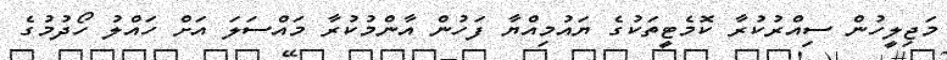
މަޖިލީހުން ސިއްރުކުރާ ކޮމެޓީތަކުގެ ޔައުމިއްޔާ ފަހުން އާންމުކުރާ މައްސަލަ އަށް ހައްލު ހޯދުމުގެ